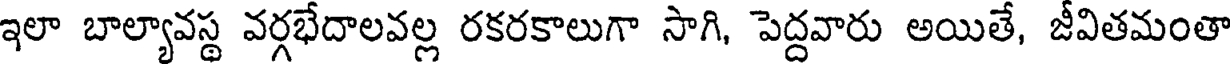
ఇలా బాల్యావస్థ వర్గభేదాలవల్ల రకరకాలుగా సాగి, పెద్దవారు అయితే, జీవితమంతా